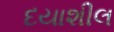
દયાશીલ